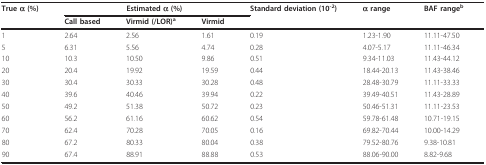
| True α (%) | <COLSPAN=3> Estimated α (%) | Standard deviation (10-2) | α range | BAF rangeb |
 |  | Call based | Virmid (/LOR)a | Virmid |  |  |  |
 | --- | --- | --- | --- | --- | --- | --- |
 | 1 | 2.64 | 2.56 | 1.61 | 0.19 | 1.23-1.90 | 11.11-47.50 |
 | 5 | 6.31 | 5.56 | 4.74 | 0.28 | 4.07-5.17 | 11.11-46.34 |
 | 10 | 10.3 | 10.50 | 9.86 | 0.51 | 9.34-11.03 | 11.43-44.12 |
 | 20 | 20.4 | 19.92 | 19.59 | 0.44 | 18.44-20.13 | 11.43-38.46 |
 | 30 | 30.4 | 30.33 | 30.28 | 0.48 | 28.48-30.79 | 11.11-33.33 |
 | 40 | 39.6 | 40.46 | 39.94 | 0.22 | 39.49-40.51 | 11.43-28.89 |
 | 50 | 49.2 | 51.38 | 50.72 | 0.23 | 50.46-51.31 | 11.11-23.53 |
 | 60 | 56.2 | 61.16 | 60.62 | 0.54 | 59.78-61.48 | 10.71-19.15 |
 | 70 | 62.4 | 70.28 | 70.05 | 0.16 | 69.82-70.44 | 10.00-14.29 |
 | 80 | 67.2 | 80.33 | 80.04 | 0.38 | 79.52-80.76 | 9.38-10.81 |
 | 90 | 67.4 | 88.91 | 88.88 | 0.53 | 88.06-90.00 | 8.82-9.68 |